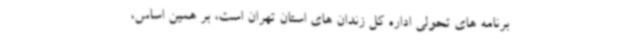
برنامه های تحولی اداره کل زندان های استان تهران است، بر همین اساس،